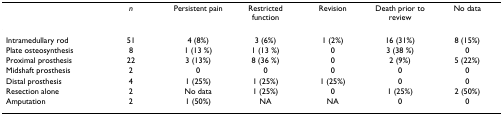
<table><thead><tr><td>[EMPTY_CELL]</td><td><b><i>n</i></b></td><td><b>Persistent pain</b></td><td><b>Restricted function</b></td><td><b>Revision</b></td><td><b>Death prior to review</b></td><td><b>No data</b></td></tr></thead><tbody><tr><td>Intramedullary rod</td><td>51</td><td>4 (8%)</td><td>3 (6%)</td><td>1 (2%)</td><td>16 (31%)</td><td>8 (15%)</td></tr><tr><td>Plate osteosynthesis</td><td>8</td><td>1 (13 %)</td><td>1 (13 %)</td><td>0</td><td>3 (38 %)</td><td>0</td></tr><tr><td>Proximal prosthesis</td><td>22</td><td>3 (13%)</td><td>8 (36 %)</td><td>0</td><td>2 (9%)</td><td>5 (22%)</td></tr><tr><td>Midshaft prosthesis</td><td>2</td><td>0</td><td>0</td><td>0</td><td>0</td><td>0</td></tr><tr><td>Distal prosthesis</td><td>4</td><td>1 (25%)</td><td>1 (25%)</td><td>1 (25%)</td><td>0</td><td>0</td></tr><tr><td>Resection alone</td><td>2</td><td>No data</td><td>1 (25%)</td><td>0</td><td>1 (25%)</td><td>2 (50%)</td></tr><tr><td>Amputation</td><td>2</td><td>1 (50%)</td><td>NA</td><td>NA</td><td>0</td><td>0</td></tr></tbody></table>